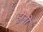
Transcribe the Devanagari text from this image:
ड्रोनों